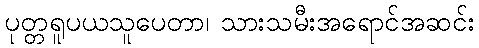
ပုတ္တရူပယသူပေတာ၊ သားသမီးအရောင်အဆင်း